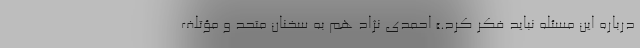
درباره این مسئله نباید فکر کرد.» احمدی نژاد هم به سخنان متحد و مؤتلف